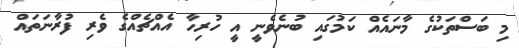
މި ބަސްތަކުގެ މާނައެއް ކަމުގައި ބުނެވެނީ އީ ހުރިހާ އެއްޗެއްގެ ވެރި ފުރާނަތައް